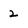
Character: 2